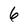
Character: 6